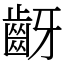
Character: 齖